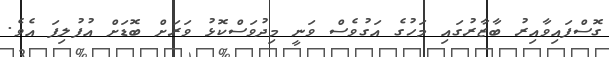
ގޮސްފައިވާއިރު ބާޒާރުގައި މަހުގެ އަގުވެސް ވަނީ މިދުވަސްކޮޅު ވަރަށް ބޮޑަށް އުފުލިފަ އެވެ.